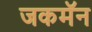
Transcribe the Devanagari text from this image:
जकमॅन